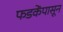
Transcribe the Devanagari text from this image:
फडकेंपासून